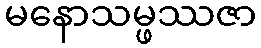
မနောသမ္ဖဿဇာ